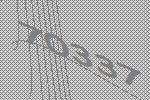
70337